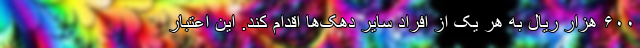
۶۰۰ هزار ریال به هر یک از افراد سایر دهک‌ها اقدام کند. این اعتبار